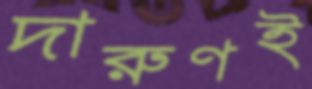
দারুণই